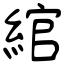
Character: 綰